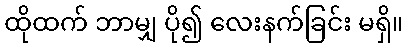
ထိုထက် ဘာမျှ ပို၍ လေးနက်ခြင်း မရှိ။